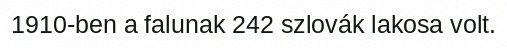
1910-ben a falunak 242 szlovák lakosa volt.